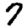
Digit: 7